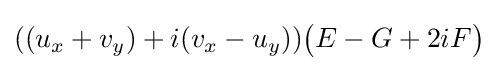
\displaystyle ((u_{x}+v_{y})+i(v_{x}-u_{y})){\bigl (}E-G+2iF{\bigr )}